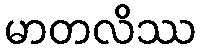
မာတလိဿ